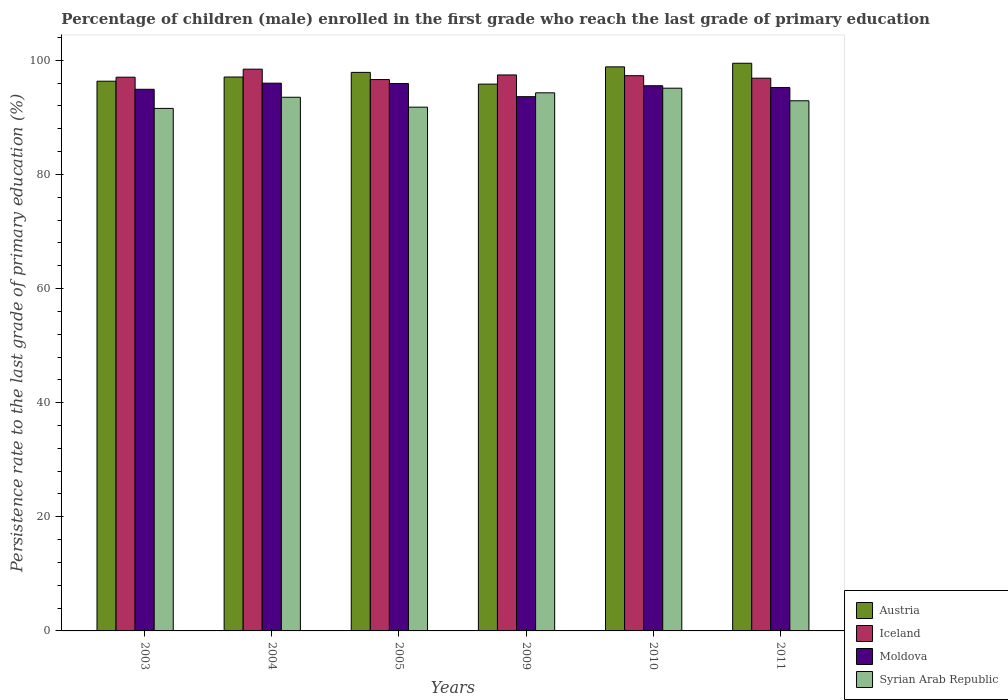
| Years | Austria | Iceland | Moldova | Syrian Arab Republic |
 | --- | --- | --- | --- | --- |
 | 2003 | 96.3 | 97 | 94.9 | 91.6 |
 | 2004 | 97.1 | 98.5 | 96 | 93.5 |
 | 2005 | 97.9 | 96.6 | 95.9 | 91.8 |
 | 2009 | 95.8 | 97.4 | 93.6 | 94.3 |
 | 2010 | 98.9 | 97.3 | 95.6 | 95.1 |
 | 2011 | 99.5 | 96.9 | 95.2 | 92.9 |